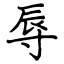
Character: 辱